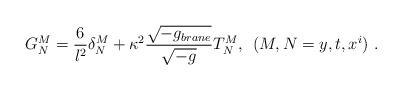
LaTeX: \begin{align*}G^M_N= \frac{6}{l^2} \delta^M_N + \kappa^2 \frac{\sqrt{-g_{brane}}}{\sqrt{-g}} T^M_N , \:\: (M,N =y,t,x^i) \ .\end{align*}